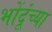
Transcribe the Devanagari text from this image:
भोंदूंच्या